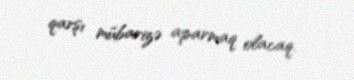
qarşı mübarizə aparmaq olacaq.